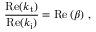
\frac { \mathrm { R e } ( k _ { \mathrm { t } } ) } { \mathrm { R e } ( k _ { \mathrm { i } } ) } = \mathrm { R e } \left( \beta \right) \, ,